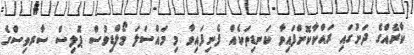
ކާރެއްގެ ދަށުގައި ރައްކާކޮށްފައިވާ ކަނޑިތަކެއް ފެނިފައިވާ މި މައްސަލަ މޯލްޑިވުސް ޕޮލިސް ސާރވިސްގެ